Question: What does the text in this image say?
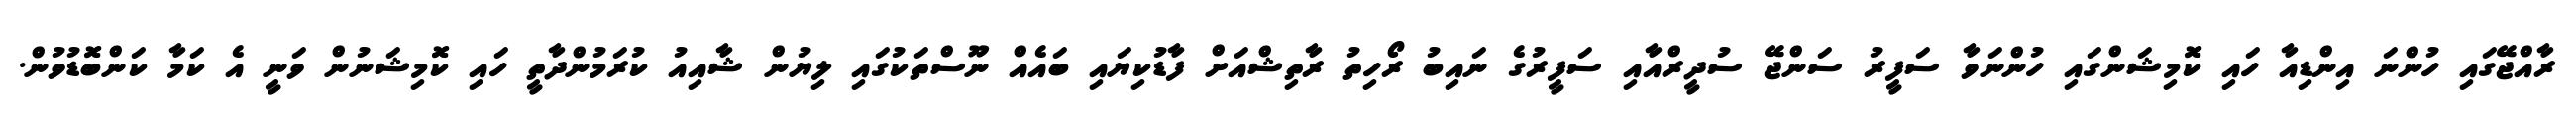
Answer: ރާއްޖޭގައި ހުންނަ އިންޑިއާ ހައި ކޮމިޝަންގައި ހުންނަވާ ސަފީރު ސަންޖޭ ސުދީރްއާއި ސަފީރުގެ ނައިބު ރޯހިތު ރާތިޝްއަށް ފާޑުކިޔައި ބައެއް ނޫސްތަކުގައި ލިޔުން ޝާއިއު ކުރަމުންދާތީ ހައި ކޮމިޝަނުން ވަނީ އެ ކަމާ ކަންބޮޑުވުން.